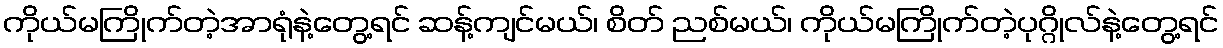
ကိုယ်မကြိုက်တဲ့အာရုံနဲ့တွေ့ရင် ဆန့်ကျင်မယ်၊ စိတ် ညစ်မယ်၊ ကိုယ်မကြိုက်တဲ့ပုဂ္ဂိုလ်နဲ့တွေ့ရင်